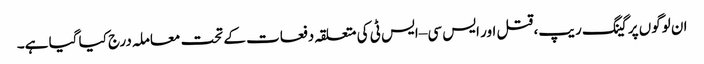
ان لوگوں پر گینگ ریپ، قتل اور ایس سی –ایس ٹی کی متعلقہ دفعات کے تحت معاملہ درج کیا گیا ہے۔